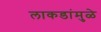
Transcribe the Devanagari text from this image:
लाकडांमुळे